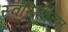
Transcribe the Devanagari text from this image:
स्वस्तिवचन